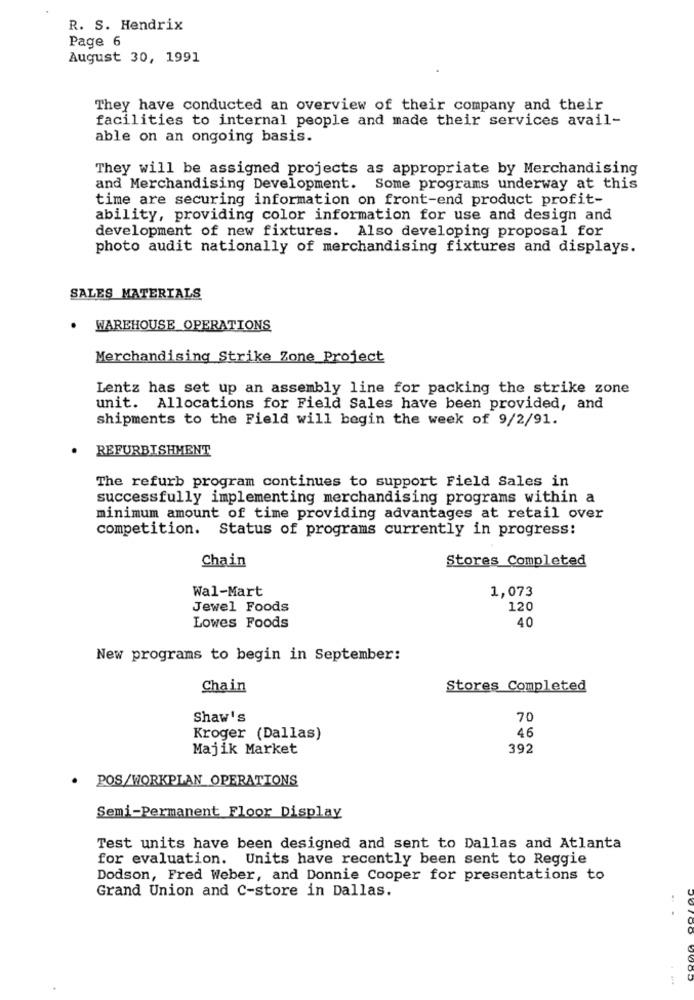
R. S. Hendrix
Page 6
August 30, 1991
They have conducted an overview of their company and their
facilities to internal people and made their services avail-
able on an ongoing basis.
They will be assigned projects as appropriate by Merchandising
and Merchandising Development. Some programs underway at this
time are securing information on front-end product profit-
ability, providing color information for use and design and
development of new fixtures. Also developing proposal for
photo audit nationally of merchandising fixtures and displays.
SALES MATERIALS
WAREHOUSE OPERATIONS
Merchandising Strike Zone Project
Lentz has set up an assembly line for packing the strike zone
unit. Allocations for Field Sales have been provided, and
shipments to the Field will begin the week of 9/2/91.
REFURBISHMENT
The refurb program continues to support Field Sales in
successfully implementing merchandising programs within a
minimum amount of time providing advantages at retail over
competition. Status of programs currently in progress:
Chain
Stores Completed
Wal-Mart
1,073
Jewel Foods
120
Lowes Foods
40
New programs to begin in September:
Chain
Stores Completed
Shaw's
70
46
Kroger (Dallas)
Majik Market
392
. POS/WORKPLAN OPERATIONS
Semi-Permanent Floor Display
Test units have been designed and sent to Dallas and Atlanta
for evaluation. Units have recently been sent to Reggie
Dodson, Fred Weber, and Donnie Cooper for presentations to
Grand Union and C-store in Dallas.
0085